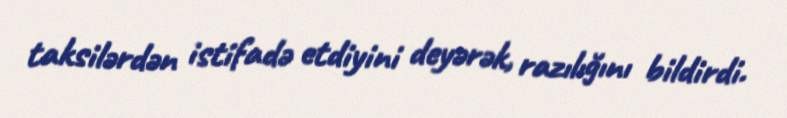
taksilərdən istifadə etdiyini deyərək, razılığını bildirdi.